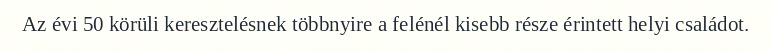
Az évi 50 körüli keresztelésnek többnyire a felénél kisebb része érintett helyi családot.